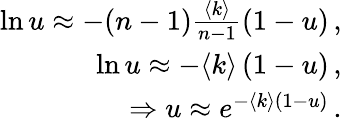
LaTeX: \begin{array}{r}{\ln u\approx-(n-1)\frac{\langle k\rangle}{n-1}(1-u)\, ,}\\ {\ln u\approx-\langle k\rangle\left(1-u\right)\, ,}\\ {\Rightarrow u\approx e^{-\langle k\rangle(1-u)}\, .}\end{array}